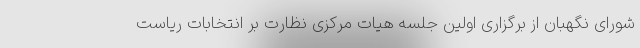
شورای نگهبان از برگزاری اولین جلسه هیات مرکزی نظارت بر انتخابات ریاست